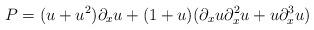
LaTeX: \begin{align*}P=(u+u^2)\partial_x u+(1+u)(\partial_xu\partial_x^2u+u\partial_x^3u)\end{align*}